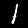
Digit: 1